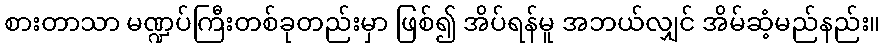
စားတာသာ မဏ္ဍပ်ကြီးတစ်ခုတည်းမှာ ဖြစ်၍ အိပ်ရန်မူ အဘယ်လျှင် အိမ်ဆံ့မည်နည်း။